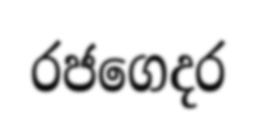
රජගෙදර